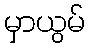
မှာယွမ်